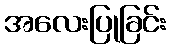
အလေးပြုခြင်း